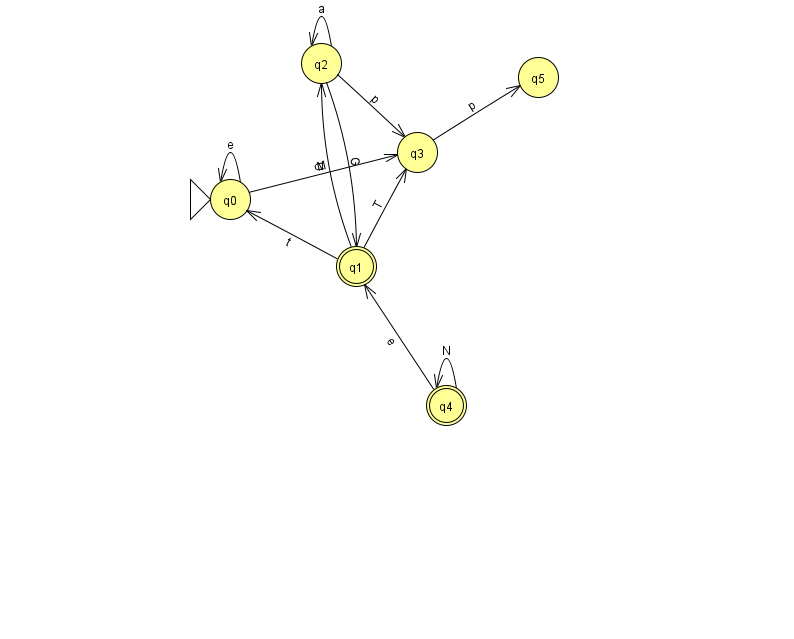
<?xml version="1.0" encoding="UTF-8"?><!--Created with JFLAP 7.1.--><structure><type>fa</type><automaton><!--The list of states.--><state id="0" name="q0"><x>230.0</x><y>186.0</y><initial/></state><state id="1" name="q1"><x>356.0</x><y>253.0</y><final/></state><state id="2" name="q2"><x>321.0</x><y>50.0</y></state><state id="3" name="q3"><x>417.0</x><y>139.0</y></state><state id="4" name="q4"><x>446.0</x><y>392.0</y><final/></state><state id="5" name="q5"><x>538.0</x><y>64.0</y></state><!--The list of transitions.--><transition><from>1</from><to>2</to><read>U</read></transition><transition><from>2</from><to>2</to><read>a</read></transition><transition><from>2</from><to>1</to><read>G</read></transition><transition><from>0</from><to>0</to><read>e</read></transition><transition><from>1</from><to>0</to><read>t</read></transition><transition><from>3</from><to>5</to><read>p</read></transition><transition><from>2</from><to>3</to><read>p</read></transition><transition><from>1</from><to>3</to><read>T</read></transition><transition><from>4</from><to>1</to><read>e</read></transition><transition><from>4</from><to>4</to><read>N</read></transition><transition><from>0</from><to>3</to><read>M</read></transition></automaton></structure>